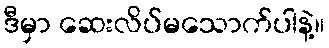
ဒီမှာ ဆေးလိပ်မသောက်ပါနဲ့။